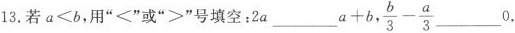
13.若$$a < b$$，用”<”或”>”号填空：2a___$$a + b$$， $$\frac { b } { 3 } - \frac { a } { 3 }$$___ 0.